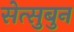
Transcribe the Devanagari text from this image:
सेत्सुबुन